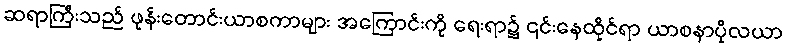
ဆရာကြီးသည် ဖုန်းတောင်းယာစကာများ အကြောင်းကို ရေးရာ၌ ၎င်းနေထိုင်ရာ ယာစနာပိုလယာ